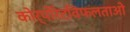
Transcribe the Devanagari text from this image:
कोर्पोरेटविफलताओ